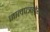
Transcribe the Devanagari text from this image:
जालपत्रले़खक